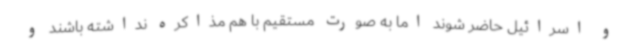
و اسرائیل حاضر شوند اما به صورت مستقیم با هم مذاکره نداشته باشند و